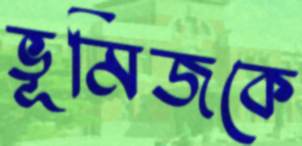
ভূমিজকে